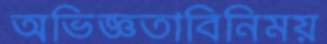
অভিজ্ঞতাবিনিময়